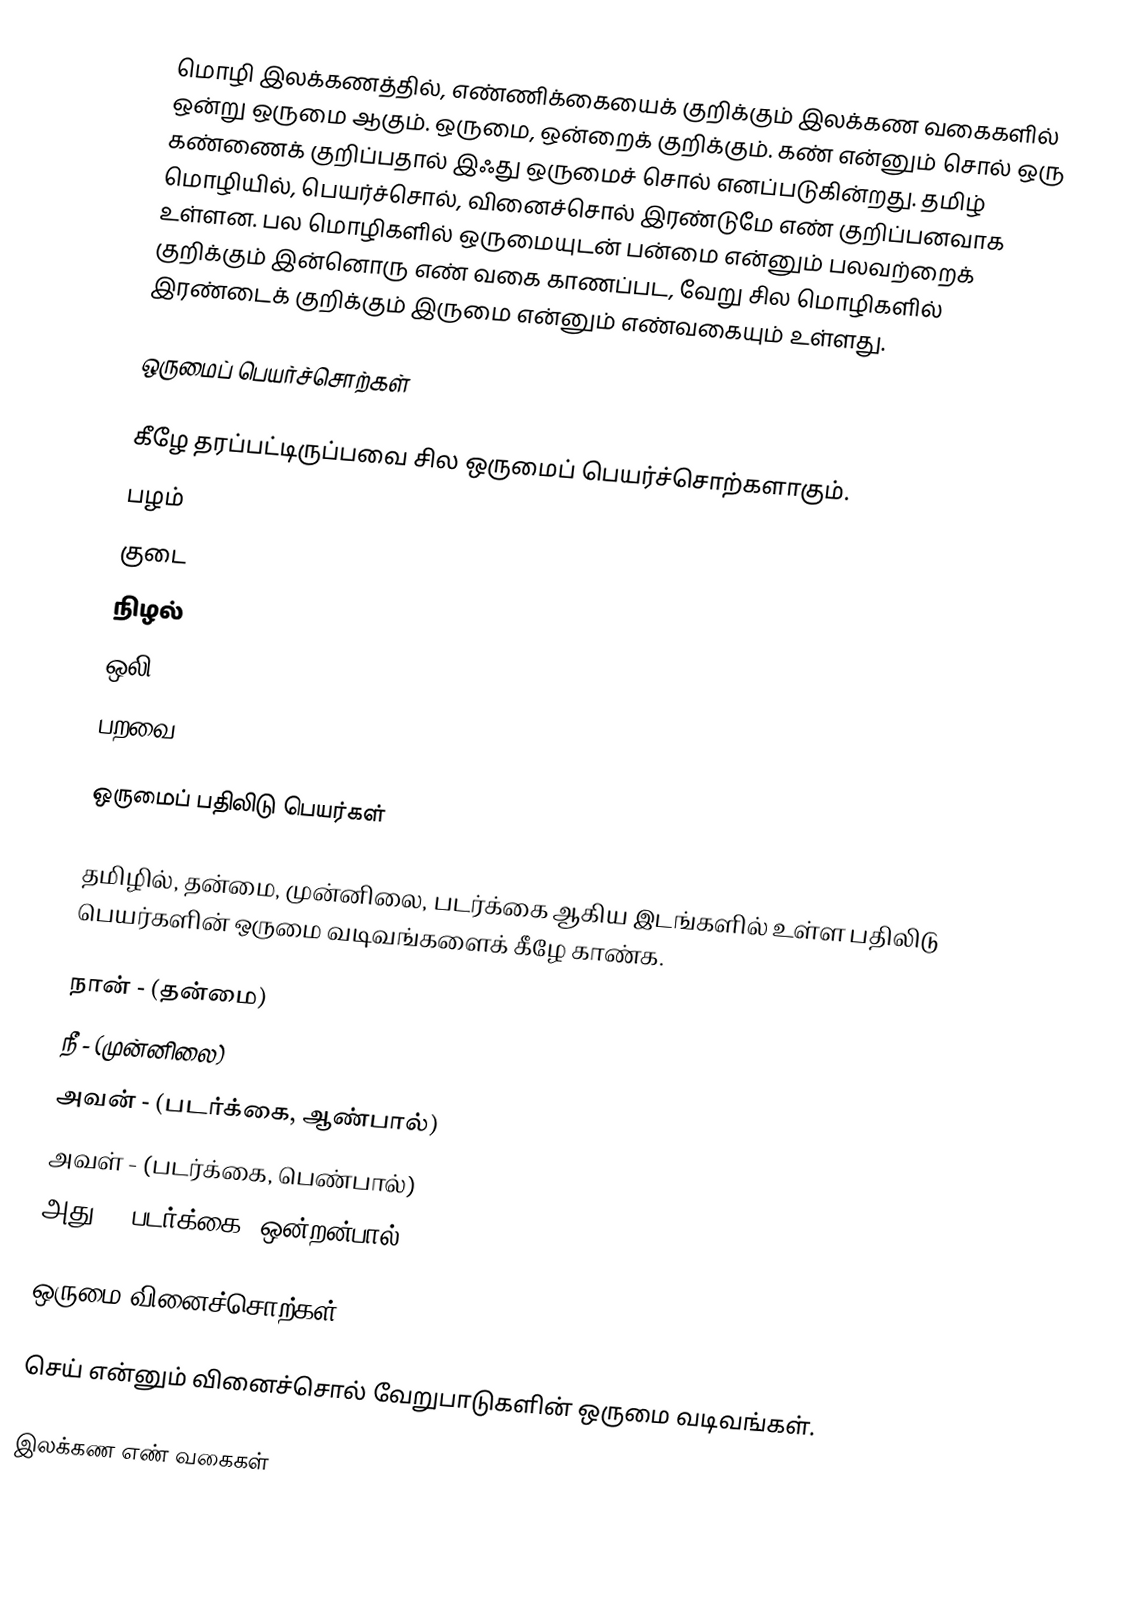
மொழி இலக்கணத்தில், எண்ணிக்கையைக் குறிக்கும் இலக்கண வகைகளில் ஒன்று ஒருமை ஆகும். ஒருமை, ஒன்றைக் குறிக்கும். கண் என்னும் சொல் ஒரு கண்ணைக் குறிப்பதால் இஃது ஒருமைச் சொல் எனப்படுகின்றது. தமிழ் மொழியில், பெயர்ச்சொல், வினைச்சொல் இரண்டுமே எண் குறிப்பனவாக உள்ளன. பல மொழிகளில் ஒருமையுடன் பன்மை என்னும் பலவற்றைக் குறிக்கும் இன்னொரு எண் வகை காணப்பட, வேறு சில மொழிகளில் இரண்டைக் குறிக்கும் இருமை என்னும் எண்வகையும் உள்ளது.

ஒருமைப் பெயர்ச்சொற்கள்

கீழே தரப்பட்டிருப்பவை சில ஒருமைப் பெயர்ச்சொற்களாகும்.
 பழம்
 குடை
 நிழல்
 ஒலி
 பறவை

ஒருமைப் பதிலிடு பெயர்கள்

தமிழில், தன்மை, முன்னிலை, படர்க்கை ஆகிய இடங்களில் உள்ள பதிலிடு பெயர்களின் ஒருமை வடிவங்களைக் கீழே காண்க.

 நான் - (தன்மை)
 நீ - (முன்னிலை)
 அவன் - (படர்க்கை, ஆண்பால்)
 அவள் - (படர்க்கை, பெண்பால்)
 அது - (படர்க்கை, ஒன்றன்பால்)

ஒருமை வினைச்சொற்கள்

செய் என்னும் வினைச்சொல் வேறுபாடுகளின் ஒருமை வடிவங்கள்.

இலக்கண எண் வகைகள்